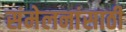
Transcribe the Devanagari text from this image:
संमेलनांसाठी